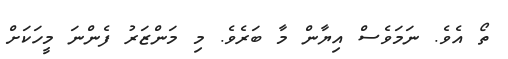
ތޯ އެވެ. ނަމަވެސް އިޔާން މާ ބަރެވެ. މި މަންޒަރު ފެންނަ މީހަކަށް